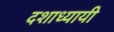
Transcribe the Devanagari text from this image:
दशाध्यायी